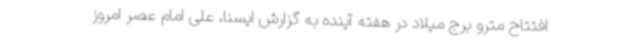
افتتاح مترو برج میلاد در هفته آینده به گزارش ایسنا، علی امام عصر امروز